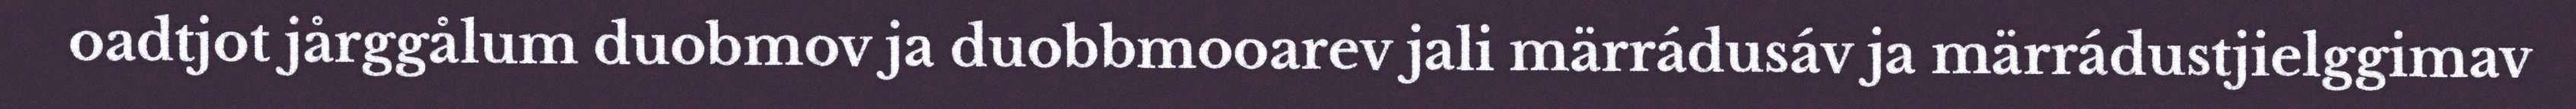
oadtjot jårggålum duobmov ja duobbmooarev jali märrádusáv ja märrádustjielggimav